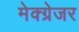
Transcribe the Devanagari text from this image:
मेक्ग्रेजर